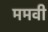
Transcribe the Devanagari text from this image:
ममवी